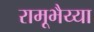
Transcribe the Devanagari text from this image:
रामूभैय्या